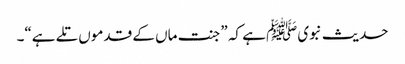
حدیث نبویﷺ ہے کہ ”جنت ماں کے قدموں تلے ہے“۔